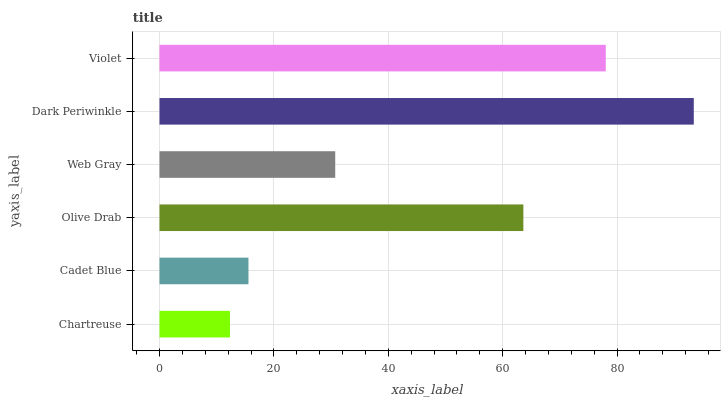
| yaxis_label | bars |
 | --- | --- |
 | Chartreuse | 12.3 |
 | Cadet Blue | 15.6 |
 | Olive Drab | 63.6 |
 | Web Gray | 30.7 |
 | Dark Periwinkle | 93.4 |
 | Violet | 78 |